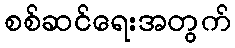
စစ်ဆင်ရေးအတွက်